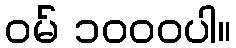
ဝမ် ၁၀၀၀ပါ။